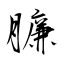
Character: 臁